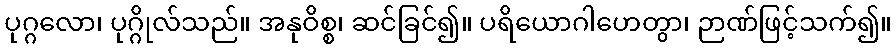
ပုဂ္ဂလော၊ ပုဂ္ဂိုလ်သည်။ အနုဝိစ္စ၊ ဆင်ခြင်၍။ ပရိယောဂါဟေတွာ၊ ဉာဏ်ဖြင့်သက်၍။